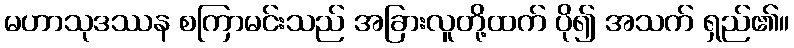
မဟာသုဒဿန စကြာမင်းသည် အခြားလူတို့ထက် ပို၍ အသက် ရှည်၏။